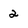
Character: 2